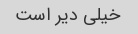
خیلی دیر است